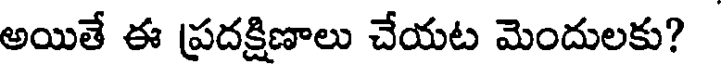
అయితే ఈ ప్రదక్షిణాలు చేయట మెందులకు?